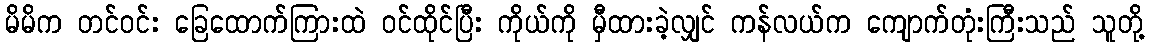
မိမိက တင်ဝင်း ခြေထောက်ကြားထဲ ဝင်ထိုင်ပြီး ကိုယ်ကို မှီထားခဲ့လျှင် ကန်လယ်က ကျောက်တုံးကြီးသည် သူတို့